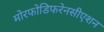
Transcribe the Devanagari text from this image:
मोरफोडिफरेनसीएशन